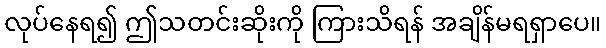
လုပ်နေရ၍ ဤသတင်းဆိုးကို ကြားသိရန် အချိန်မရရှာပေ။